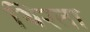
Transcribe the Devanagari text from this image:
थिरता